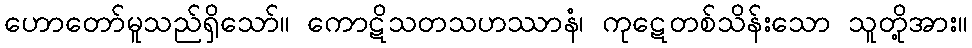
ဟောတော်မူသည်ရှိသော်။ ကောဋိသတသဟဿာနံ၊ ကုဋေတစ်သိန်းသော သူတို့အား။